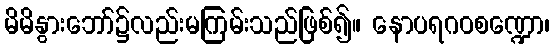
မိမိနွားဘော်၌လည်းမကြမ်းသည်ဖြစ်၍။ နောပရဂဝစဏ္ဍော၊